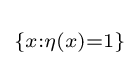
\scriptstyle \{x:\eta (x)=1\}